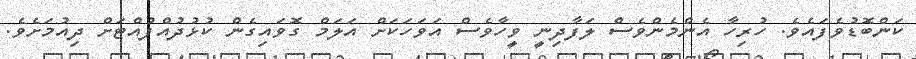
ކަންބޮޑުވެފައެވެ. ހުރިހާ އެންމެންވެސް ލަފާދިނީ ވީހާވެސް އަވަހަކަށް އަލަމް ގޮވައިގެން ކުޅުދުއްފުއްޓަށް ދިއުމަށެވެ.